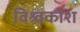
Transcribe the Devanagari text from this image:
विश्र्वकोश